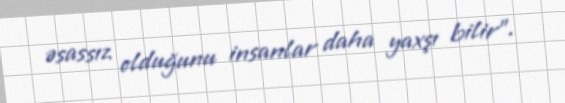
əsassız olduğunu insanlar daha yaxşı bilir".